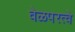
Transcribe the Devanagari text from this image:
वेळपरत्वे